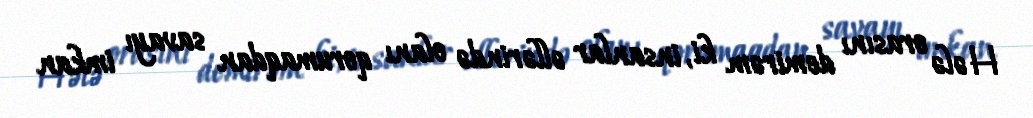
Hələ orasını demirəm ki, insanlar əllərində olanı qorumaqdan savayı imkan